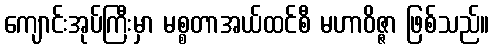
ကျောင်းအုပ်ကြီးမှာ မစ္စတာအယ်ထင်စီ မဟာဝိဇ္ဇာ ဖြစ်သည်။